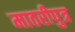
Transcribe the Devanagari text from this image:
माठरीपुत्र